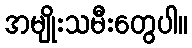
အမျိုးသမီးတွေပါ။